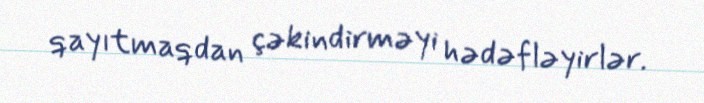
qayıtmaqdan çəkindirməyi hədəfləyirlər.